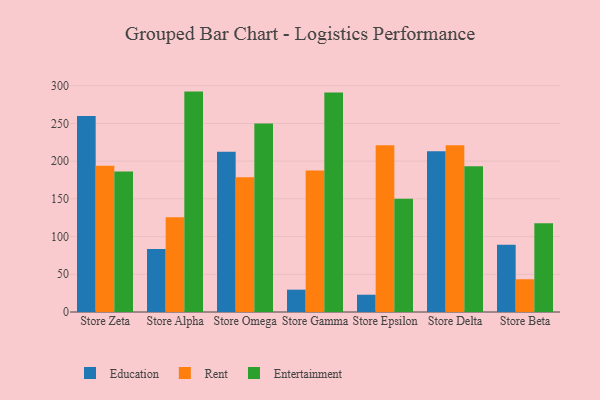
{"axis": {"x": "Store", "y": "Satisfaction Score"}, "legend": ["Education", "Entertainment", "Rent"], "data": [{"x": "Store Zeta", "y": 259.9, "type": "Education"}, {"x": "Store Zeta", "y": 193.9, "type": "Rent"}, {"x": "Store Zeta", "y": 186.4, "type": "Entertainment"}, {"x": "Store Alpha", "y": 83.5, "type": "Education"}, {"x": "Store Alpha", "y": 125.5, "type": "Rent"}, {"x": "Store Alpha", "y": 292.2, "type": "Entertainment"}, {"x": "Store Omega", "y": 212.4, "type": "Education"}, {"x": "Store Omega", "y": 178.6, "type": "Rent"}, {"x": "Store Omega", "y": 250.0, "type": "Entertainment"}, {"x": "Store Gamma", "y": 29.6, "type": "Education"}, {"x": "Store Gamma", "y": 187.7, "type": "Rent"}, {"x": "Store Gamma", "y": 291.1, "type": "Entertainment"}, {"x": "Store Epsilon", "y": 22.9, "type": "Education"}, {"x": "Store Epsilon", "y": 221.1, "type": "Rent"}, {"x": "Store Epsilon", "y": 150.1, "type": "Entertainment"}, {"x": "Store Delta", "y": 213.2, "type": "Education"}, {"x": "Store Delta", "y": 221.0, "type": "Rent"}, {"x": "Store Delta", "y": 193.3, "type": "Entertainment"}, {"x": "Store Beta", "y": 89.0, "type": "Education"}, {"x": "Store Beta", "y": 43.4, "type": "Rent"}, {"x": "Store Beta", "y": 117.6, "type": "Entertainment"}]}